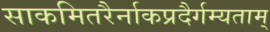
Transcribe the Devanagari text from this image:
साकमितरैर्नाकप्रदैर्गम्यताम्